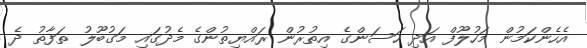
އެހެންކަމުން މަހުލޫފް އަދި ހަސަންގެ އިތުރުން ރައްޔިތުންގެ މެދުގައި މަގުބޫލު ތަފާތު ދެ